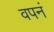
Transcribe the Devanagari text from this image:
वपनं